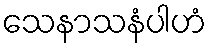
သေနာသနံပါဟံ